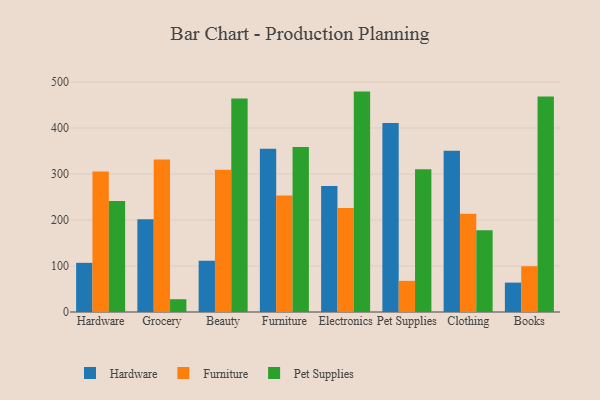
{"axis": {"x": "Category", "y": "LTV (USD)"}, "legend": ["Furniture", "Hardware", "Pet Supplies"], "data": [{"x": "Hardware", "y": 106.9, "type": "Hardware"}, {"x": "Hardware", "y": 305.5, "type": "Furniture"}, {"x": "Hardware", "y": 241.6, "type": "Pet Supplies"}, {"x": "Grocery", "y": 201.4, "type": "Hardware"}, {"x": "Grocery", "y": 331.4, "type": "Furniture"}, {"x": "Grocery", "y": 27.8, "type": "Pet Supplies"}, {"x": "Beauty", "y": 111.2, "type": "Hardware"}, {"x": "Beauty", "y": 309.3, "type": "Furniture"}, {"x": "Beauty", "y": 464.4, "type": "Pet Supplies"}, {"x": "Furniture", "y": 354.8, "type": "Hardware"}, {"x": "Furniture", "y": 253.5, "type": "Furniture"}, {"x": "Furniture", "y": 358.7, "type": "Pet Supplies"}, {"x": "Electronics", "y": 273.7, "type": "Hardware"}, {"x": "Electronics", "y": 226.3, "type": "Furniture"}, {"x": "Electronics", "y": 479.2, "type": "Pet Supplies"}, {"x": "Pet Supplies", "y": 410.8, "type": "Hardware"}, {"x": "Pet Supplies", "y": 67.7, "type": "Furniture"}, {"x": "Pet Supplies", "y": 310.6, "type": "Pet Supplies"}, {"x": "Clothing", "y": 350.5, "type": "Hardware"}, {"x": "Clothing", "y": 213.7, "type": "Furniture"}, {"x": "Clothing", "y": 177.5, "type": "Pet Supplies"}, {"x": "Books", "y": 63.9, "type": "Hardware"}, {"x": "Books", "y": 99.6, "type": "Furniture"}, {"x": "Books", "y": 468.8, "type": "Pet Supplies"}]}